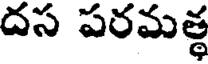
దస పరమత్థ